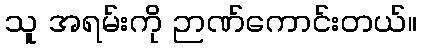
သူ အရမ်းကို ဉာဏ်ကောင်းတယ်။